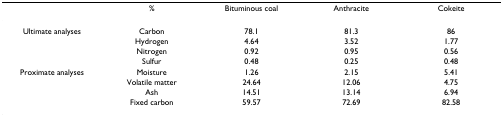
|  | % | Bituminous coal | Anthracite | Cokeite |
 | --- | --- | --- | --- | --- |
 | Ultimate analyses | Carbon | 78.1 | 81.3 | 86 |
 |  | Hydrogen | 4.64 | 3.52 | 1.77 |
 |  | Nitrogen | 0.92 | 0.95 | 0.56 |
 |  | Sulfur | 0.48 | 0.25 | 0.48 |
 | Proximate analyses | Moisture | 1.26 | 2.15 | 5.41 |
 |  | Volatile matter | 24.64 | 12.06 | 4.75 |
 |  | Ash | 14.51 | 13.14 | 6.94 |
 |  | Fixed carbon | 59.57 | 72.69 | 82.58 |